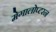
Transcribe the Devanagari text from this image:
मेगालोप्टरन